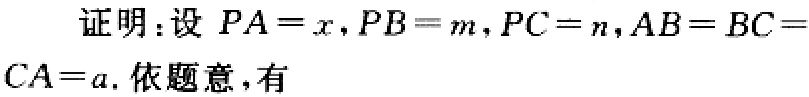
证明：设 \(PA = x\)，\(PB = m\)，\(PC = n\)，\(AB = BC = CA = a\). 依题意，有